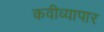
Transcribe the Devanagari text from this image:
कवीव्यापार